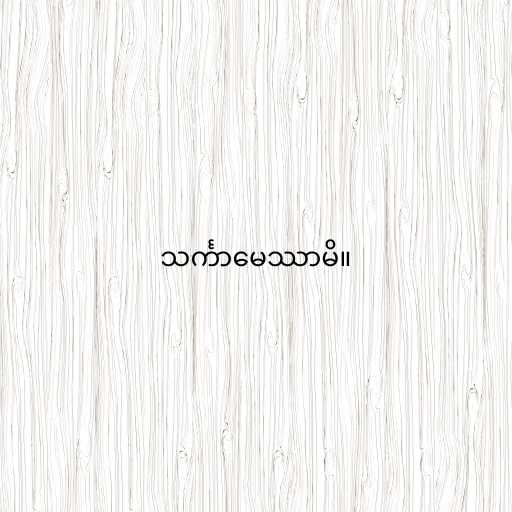
သင်္ကာမေဿာမိ။